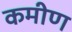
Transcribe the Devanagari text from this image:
कमीण